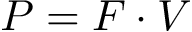
P = F \cdot V